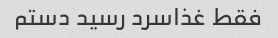
فقط غذاسرد رسید دستم